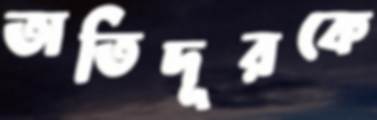
অতিদূরকে